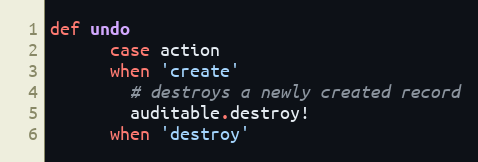
Language: Ruby
def undo
      case action
      when 'create'
        # destroys a newly created record
        auditable.destroy!
      when 'destroy'